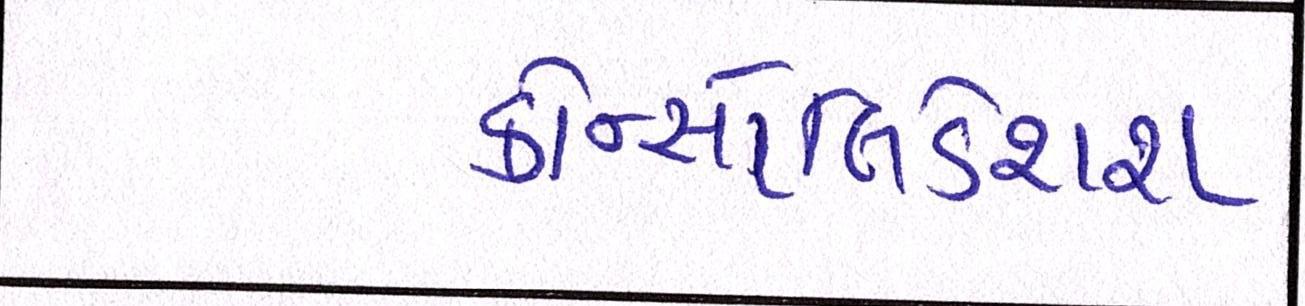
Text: કોન્સોલિડેશન